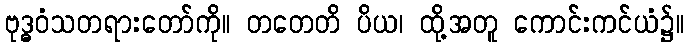
ဗုဒ္ဓဝံသတရားတော်ကို။ တတေတိ ပိယ၊ ထို့အတူ ကောင်းကင်ယံ၌။